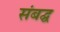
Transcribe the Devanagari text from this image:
संबद्घ